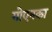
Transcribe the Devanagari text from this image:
गोएनका